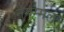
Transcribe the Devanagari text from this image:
नगम्मल